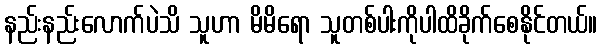
နည်းနည်းလောက်ပဲသိ သူဟာ မိမိရော သူတစ်ပါးကိုပါထိခိုက်စေနိုင်တယ်။